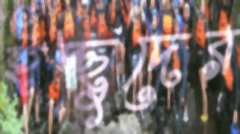
ইচ্ছুদের